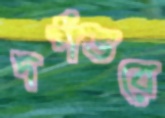
দর্পভরে